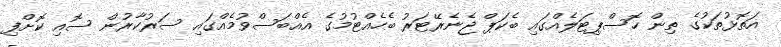
އަތޮޅުތަކުގެ ތިން ހޮސްޕިޓަލެއްގައި ބެކަޕް ޖެނެރޭޓަރު ބެހެއްޓުމުގެ އެއްބަސްވުމެއްގައި ސަރުކާރުން ސޮއި ކޮށްފި